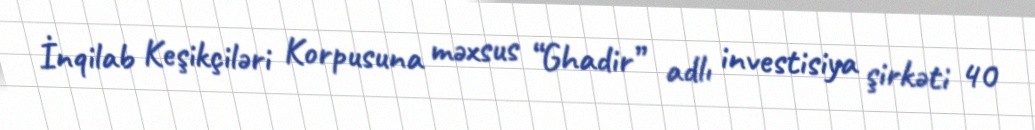
İnqilab Keşikçiləri Korpusuna məxsus “Ghadir” adlı investisiya şirkəti 40